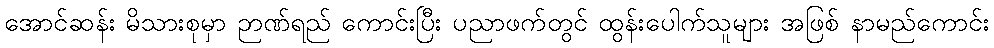
အောင်ဆန်း မိသားစုမှာ ဉာဏ်ရည် ကောင်းပြီး ပညာဖက်တွင် ထွန်းပေါက်သူများ အဖြစ် နာမည်ကောင်း